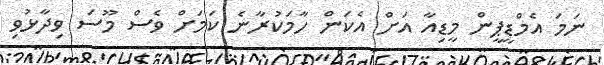
ނަމަ އެމްޑީޕީން މީޑިއާ އަށް އެކަން ހާމަކުރާނެ ކަމަށް ވެސް މޫސަ ވިދާޅުވި